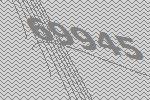
69945